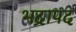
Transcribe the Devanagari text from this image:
भद्रापद